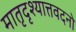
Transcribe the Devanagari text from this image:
मातृदृश्यात्तवदनो